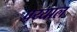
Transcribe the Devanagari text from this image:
पय्याल